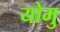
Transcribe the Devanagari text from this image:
योमु